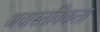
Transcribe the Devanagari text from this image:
अवास्तविकता